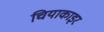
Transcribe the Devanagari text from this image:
चियाकाइर